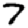
Digit: 7